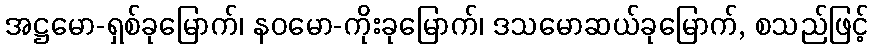
အဋ္ဌမော-ရှစ်ခုမြောက်၊ နဝမော-ကိုးခုမြောက်၊ ဒသမောဆယ်ခုမြောက်, စသည်ဖြင့်